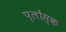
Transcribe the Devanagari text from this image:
प्लोंस्क